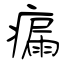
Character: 瘺